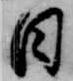
日